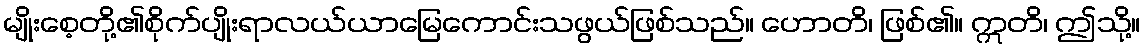
မျိုးစေ့တို့၏စိုက်ပျိုးရာလယ်ယာမြေကောင်းသဖွယ်ဖြစ်သည်။ ဟောတိ၊ ဖြစ်၏။ ဣတိ၊ ဤသို့။